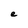
Character: e